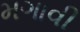
મગાવી